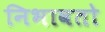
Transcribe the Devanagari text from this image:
निभावतो